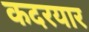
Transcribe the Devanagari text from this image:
कदरयार